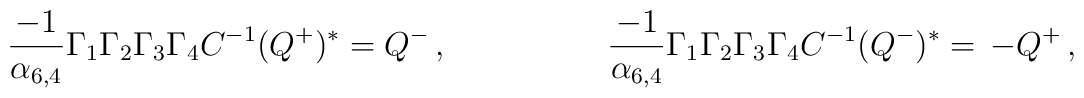
{-1\over \alpha_{6,4}}\Gamma_1\Gamma_2\Gamma_3\Gamma_4 C^{-1} (Q^+)^* = Q^-\, ,\hskip 2truecm{-1\over \alpha_{6,4}}\Gamma_1\Gamma_2\Gamma_3\Gamma_4C^{-1} (Q^-)^* = \,- Q^+\,,